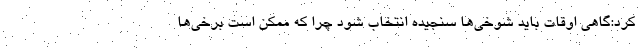
کرد:گاهی اوقات باید شوخی‌ها سنجیده انتخاب شود چرا که ممکن است برخی‌ها